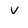
Character: V